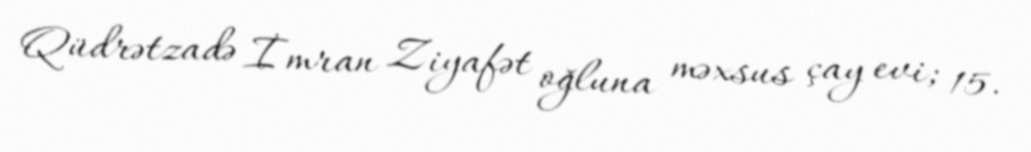
Qüdrətzadə İmran Ziyafət oğluna məxsus çay evi; 15.